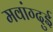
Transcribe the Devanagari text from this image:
मवांग्दुई